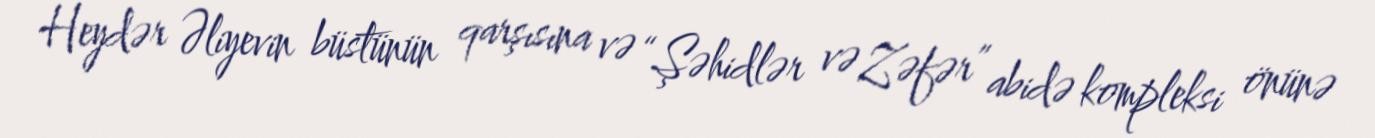
Heydər Əliyevin büstünün qarşısına və “Şəhidlər və Zəfər” abidə kompleksi önünə